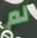
لم